Civil Veterinary Department Bengal reports 1923-33 - 1923-1933
Year: 1923
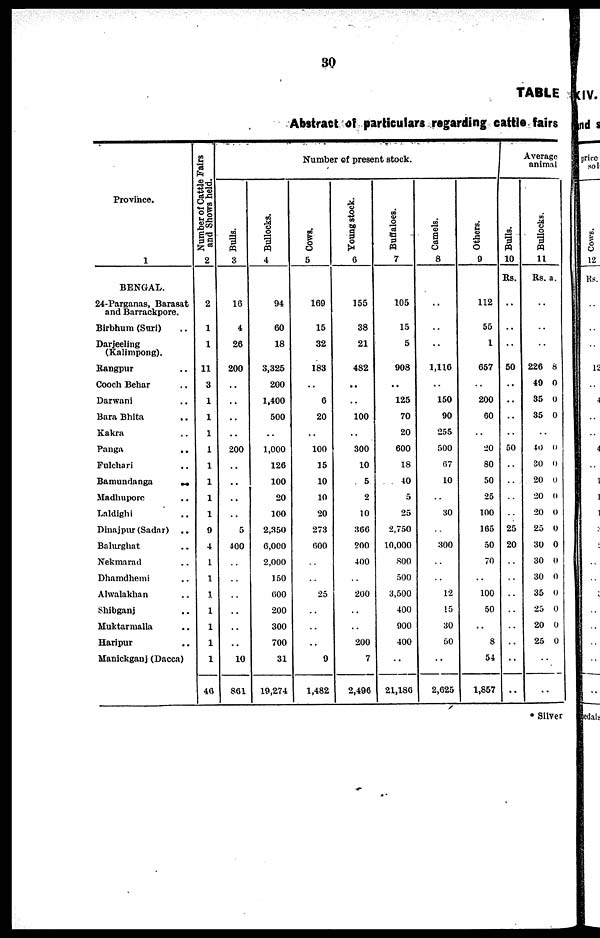
30
TABLE
Abstract of particulars regarding cattle fairs
Province.
1
BENGAL.
24-Parganas, Barasat
and Barrackpore.
Birbhum (Suri) ..
Darjeeling
(Kalimpong).
Rangpur ..
Cooch Behar ..
Darwani ..
Bara Bhita ..
Kakra ..
Panga ..
Fulchari ..
Bamundanga
..
Madhupore ..
Laldighi ..
Dinajpur (Sadar) ..
Balurghat ..
Nekmarad ..
Dhamdhemi ..
Alwalakhan ..
Shibganj ..
Muktarmalla ..
Haripur ..
Manickgauj (Dacca)
Number of Cattle Fairs
and Shows held
2
2
1
1
11
3
1
1
1
11
3
1
1
1
9
4
1
1
1
1
1
1
1
40
Number of present stock.
Bulls.
3
10
4
26
200
..
..
..
..
200
..
..
..
..
5
400
..
..
..
..
..
..
10
861
Bullocks.
4
94
60
18
3,325
200
1,400
500
..
1,000
126
100
20
100
2,350
0,000
2,000
150
600
200
300
700
31
19,274
Cows.
5
160
15
32
183
..
6
20
..
100
15
10
10
20
273
600
..
..
25
..
..
..
9
1,482
Young stock.
6
155
38
21
482
..
..
100
..
300
10
5
2
10
300
200
400
..
200
..
..
200
7
2,496
Buffaloes.
7
105
15
5
908
..
125
70
20
600
18
40
5
25
2,750
10,000
800
:')00
3,500
400
900
400
..
21,186
Camels.
8
..
..
..
1,116
..
150
90
255
500
67
10
..
30
..
300
..
..
12
15
30
50
..
2,625
Others.
9
112
55
1
657
..
200
60
..
20
80
50
25
100
165
50
70
..
100
50
..
8
54
1,857
Average
animal
Bulls.
10
Rs.
..
..
50
..
..
..
..
50
..
..
..
..
25
20
..
..
..
..
..
..
..
..
Bullocks.
11
Rs. a.
..
..
..
226 8
40 0
35 0
35 0
..
40 0
30 0
20 0
20 0
20 0
25 0
30 0
30 0
30 0
35 0
25 0
20 0
25 0
..
..
♦ Silver